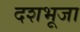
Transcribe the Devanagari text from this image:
दशभूजा